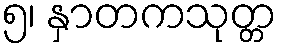
၅၊ နှာတကသုတ္တ